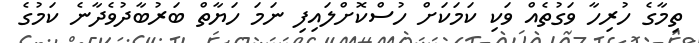
ތިމާގެ ހުރިހާ ވަގުތެއް ވަކި ކަމަކަށް ހުސްކޮށްލައިފި ނަމަ ހަޔާތް ބަރުބާދުވެދާނެ ކަމުގެ